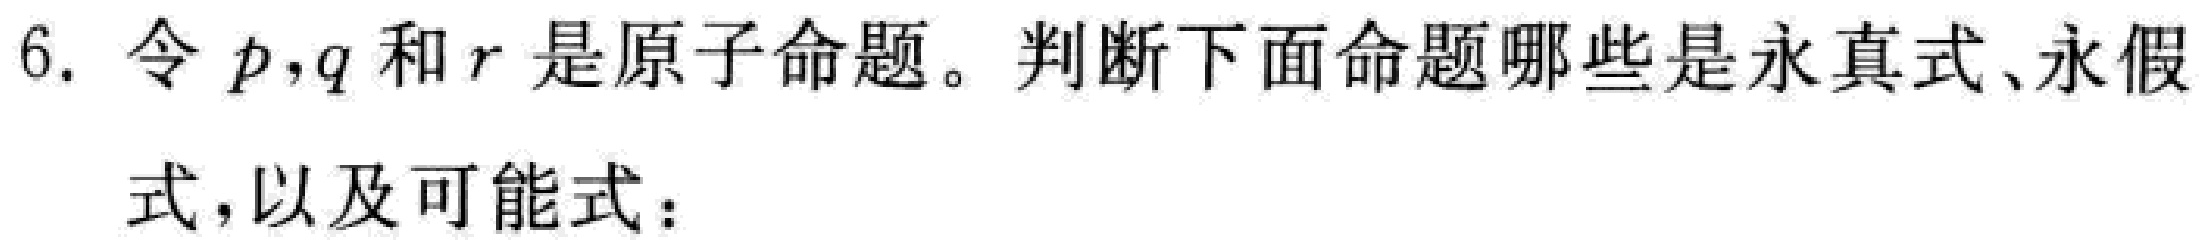
6. 令 \(p,q\) 和 \(r\) 是原子命题。判断下面命题哪些是永真式、永假式，以及可能式：